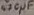
Text: 470µF